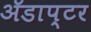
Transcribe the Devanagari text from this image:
ॲडाप्टर